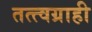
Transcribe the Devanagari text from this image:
तत्त्वग्राही